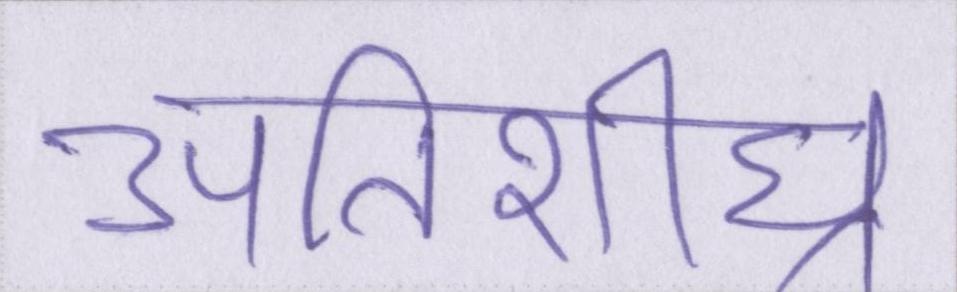
अतिशीघ्र